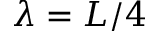
\lambda = L / 4